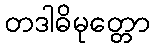
တဒါဓိမုတ္တော